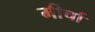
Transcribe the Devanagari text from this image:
मीर्चा